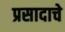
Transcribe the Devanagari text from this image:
प्रसादाचे